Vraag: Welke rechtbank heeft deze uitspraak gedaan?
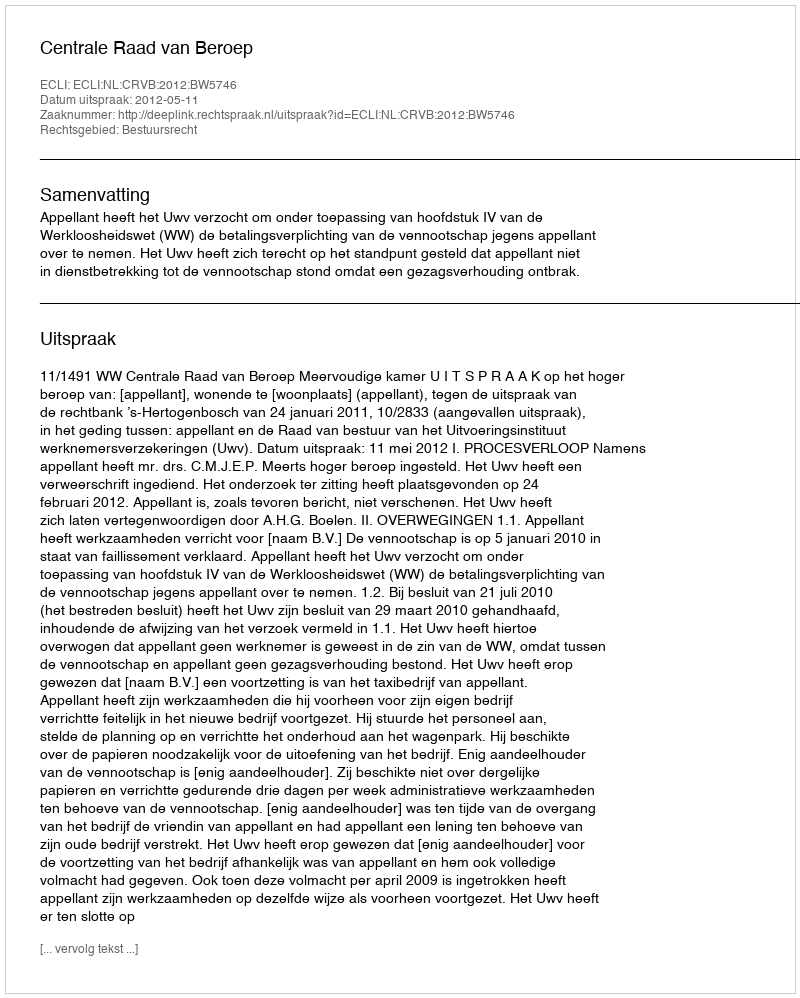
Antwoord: Centrale Raad van Beroep